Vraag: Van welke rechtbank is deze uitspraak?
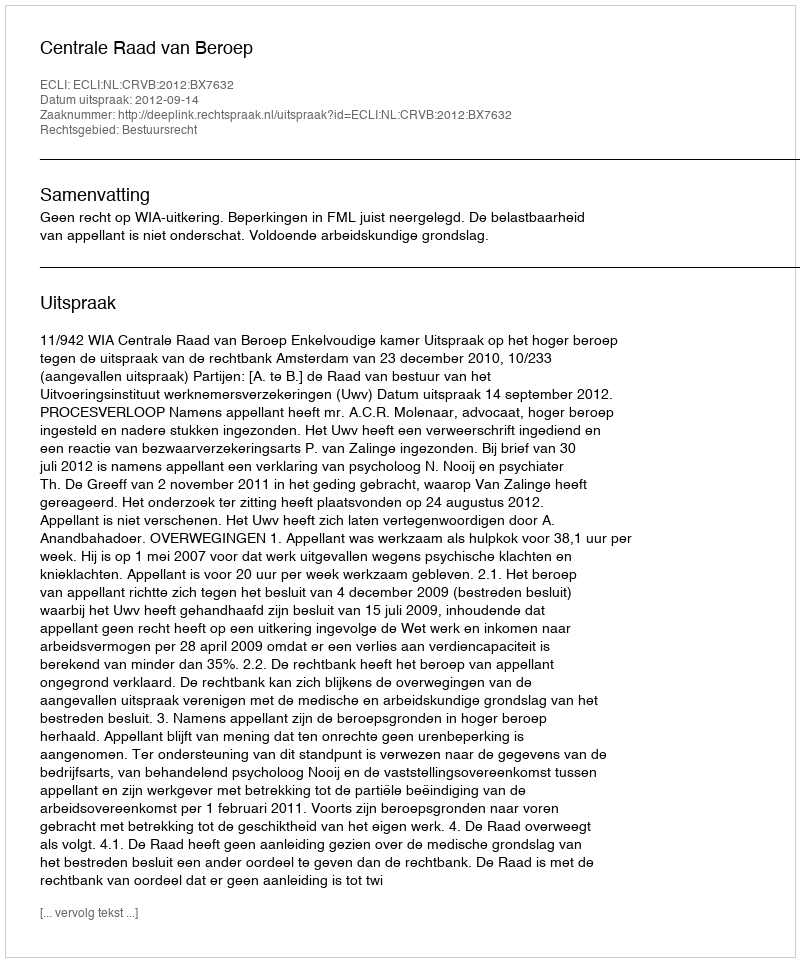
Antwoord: Centrale Raad van Beroep